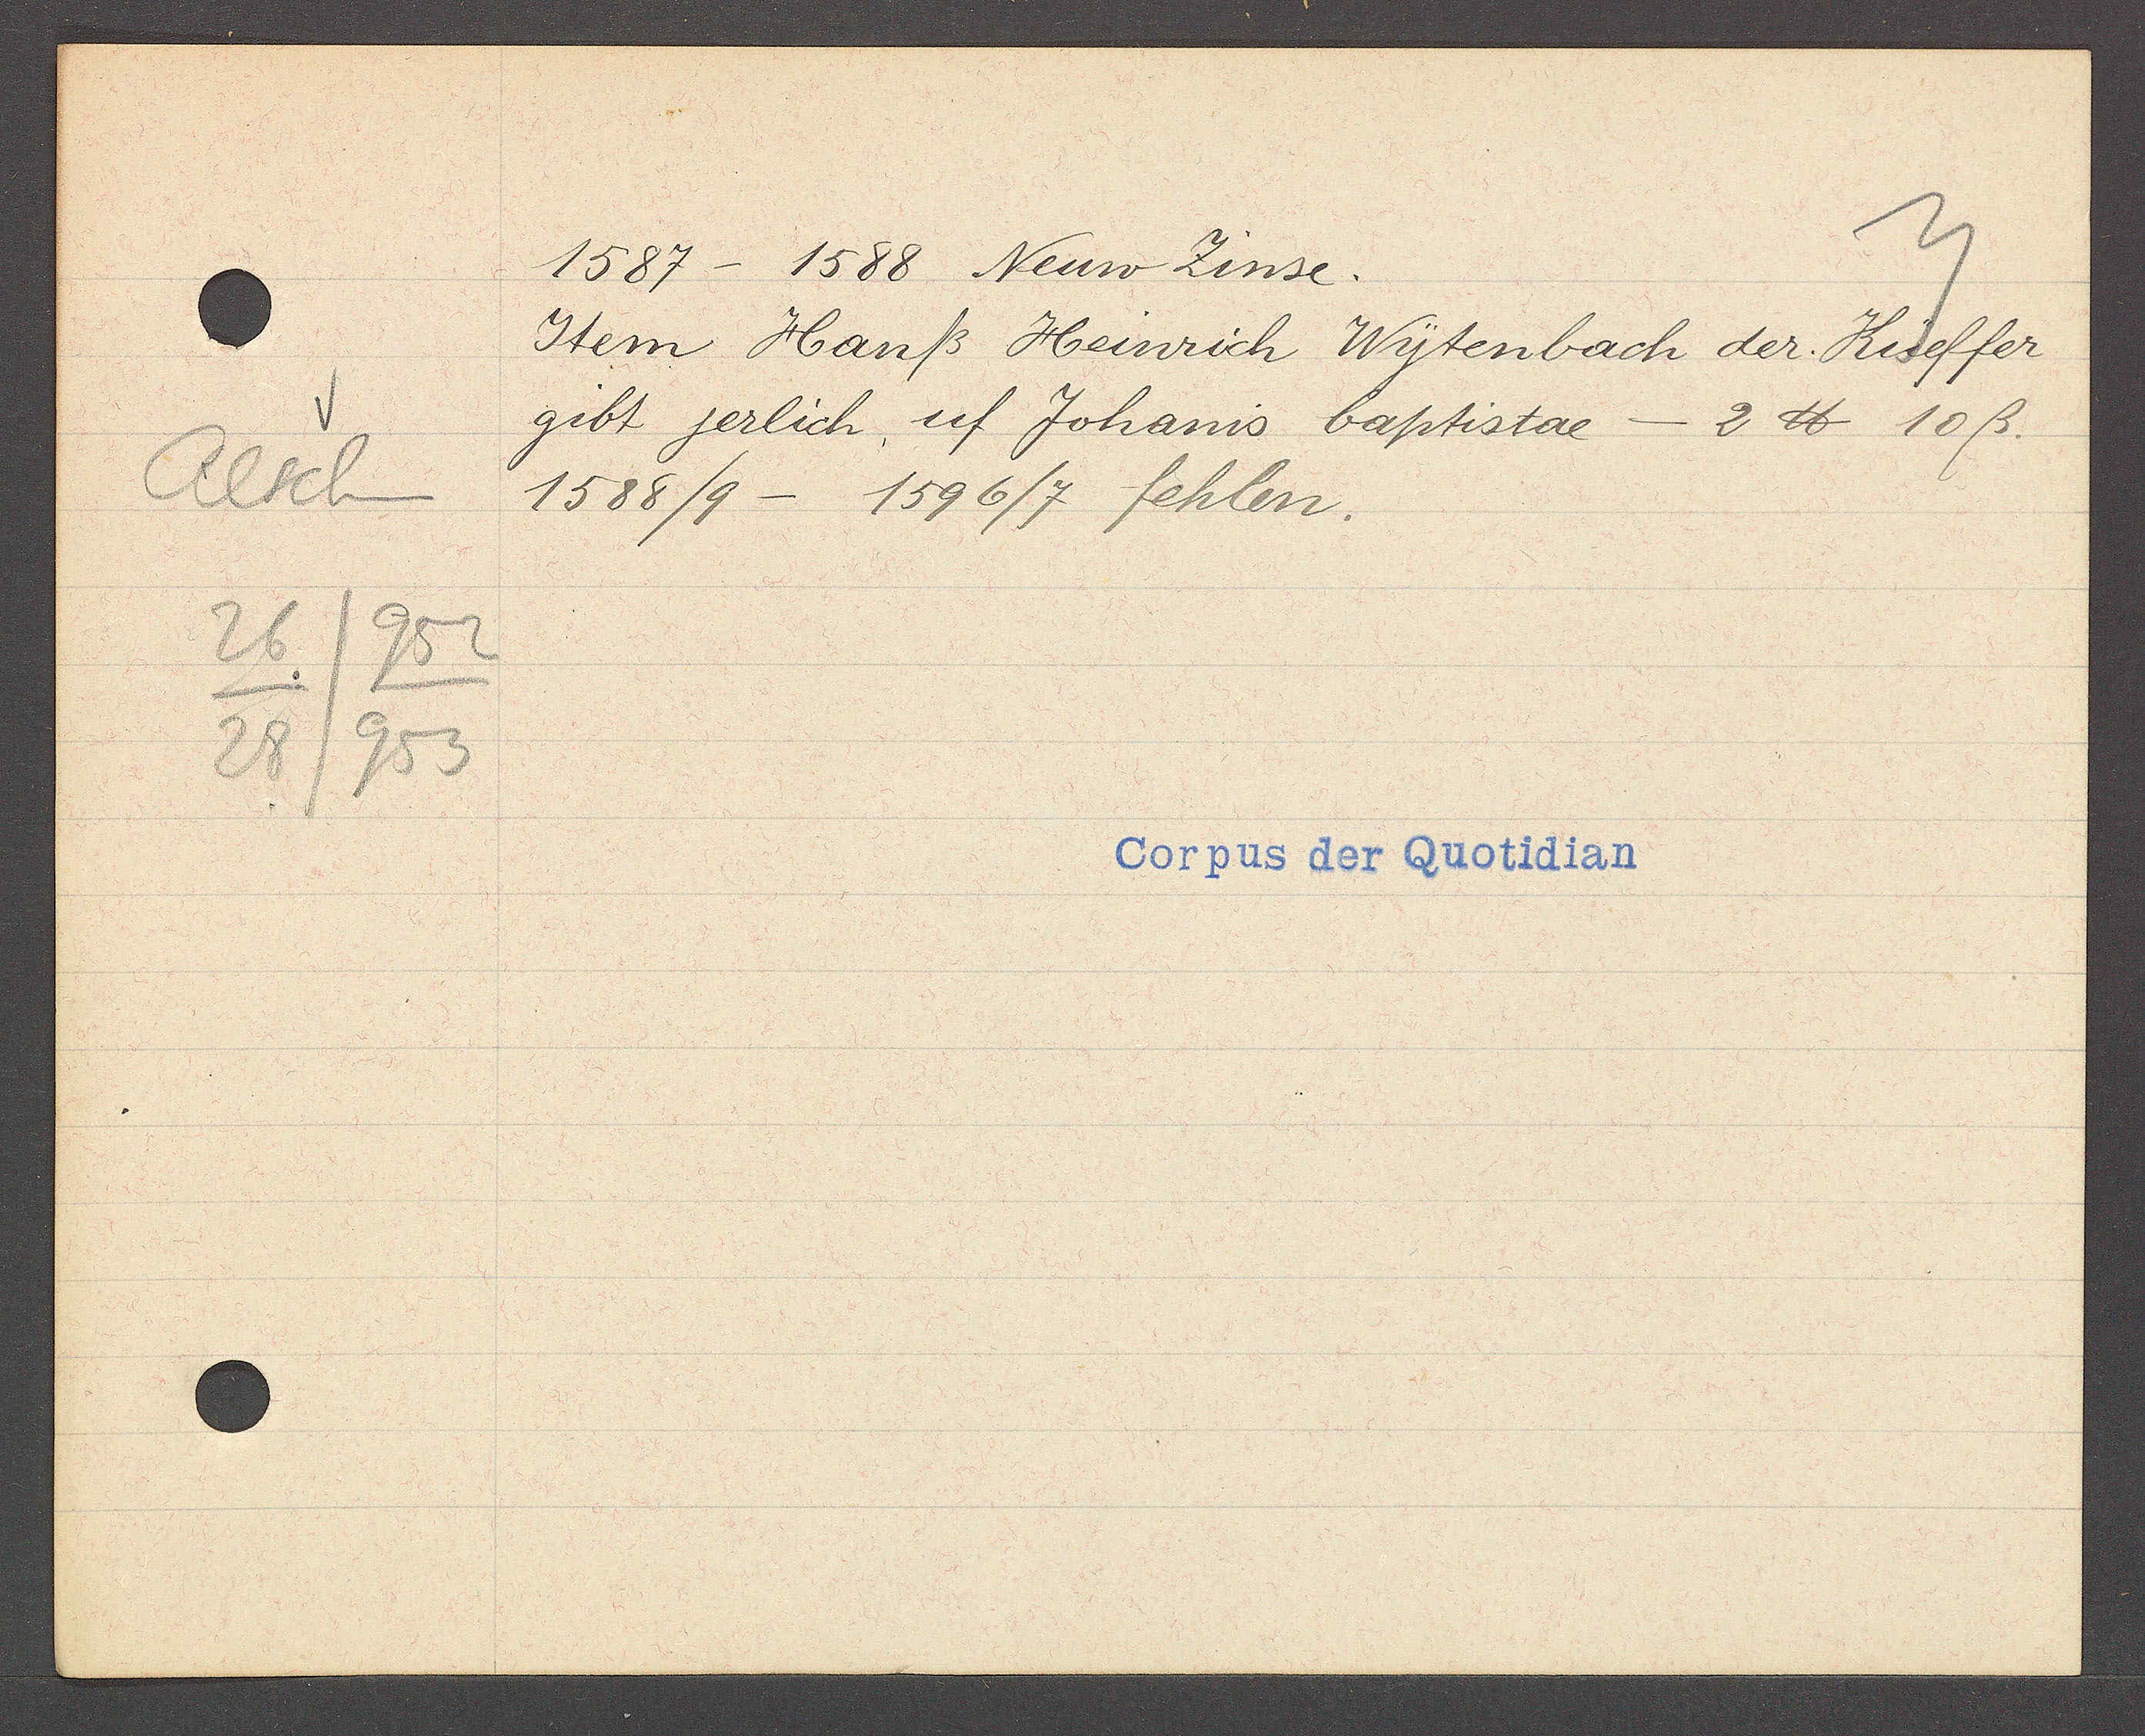
Transcript:
Aeschen
26
952
28
953

1587 - 1588 Neuw Zinse.

Item Hanß Heinrich Wytenbach der Küeffer
gibt jerlich uf Johanis baptistae - 2 ℔ 10ß.
1588/9 - 1596/7 fehlen.

Corpus der Quotidian